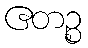
ဧတဉ္စ